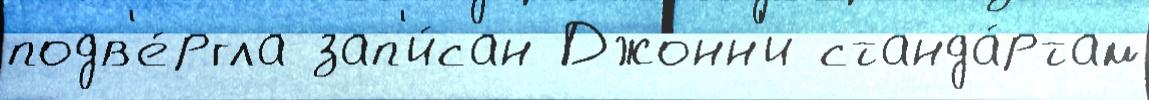
подв'е́ргла зап'и́сан Джонн'и станда́ртам